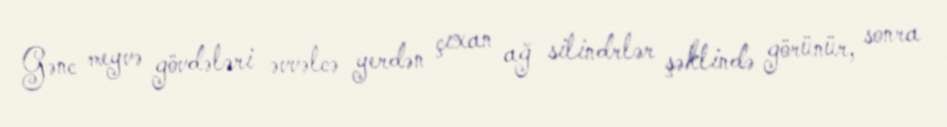
Gənc meyvə gövdələri əvvəlcə yerdən çıxan ağ silindrlər şəklində görünür, sonra